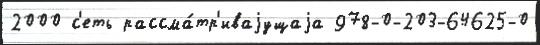
2000 с'еть рассма́тр'иваjущаjа 978-0-203-64625-0